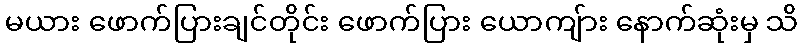
မယား ဖောက်ပြားချင်တိုင်း ဖောက်ပြား ယောကျ်ား နောက်ဆုံးမှ သိ